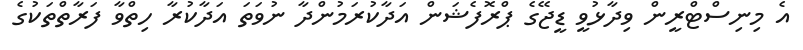
އެ މިނިސްޓްރީން ވިދާޅުވީ ޑީޖޭގެ ޕްރޮފެޝަން އަދާކުރަމުންދާ ނުވަތަ އަދާކުރާ ހިތްވާ ފަރާތްތަކުގެ